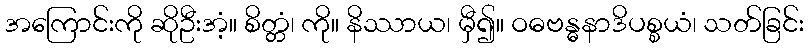
အကြောင်းကို ဆိုဦးအံ့။ စိတ္တံ၊ ကို။ နိဿာယ၊ မှီ၍။ ဝဓဗန္ဓနာဒိပစ္စယံ၊ သတ်ခြင်း